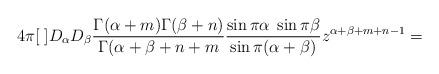
LaTeX: \begin{align*}4\pi[\;]D_{\alpha}D_{\beta}\frac {\Gamma(\alpha+m)\Gamma(\beta+n)}{\Gamma(\alpha+\beta+n+m}\frac {\sin\pi\alpha\;\sin\pi\beta} {\sin\pi(\alpha+\beta)}z^{\alpha+\beta+m+n-1}=\end{align*}